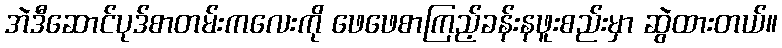
အဲဒီဆောင်ပုဒ်စာတမ်းကလေးကို ဖေဖေစာကြည့်ခန်းနဖူးစည်းမှာ ဆွဲထားတယ်။